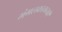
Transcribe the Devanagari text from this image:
मंगलकामनाएँ